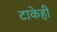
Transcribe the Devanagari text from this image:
टाकेही